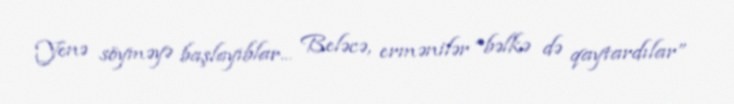
Yenə söyməyə başlayıblar... Beləcə, ermənilər “bəlkə də qaytardılar”